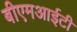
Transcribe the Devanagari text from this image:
बीएमआईटी